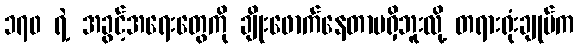
၁၇၀ ရဲ့ အခွင့်အရေးတွေကို ချိုးဖောက်နေတာမရှိဘူးလို့ တရားရုံးချုပ်က